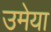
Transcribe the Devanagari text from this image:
उमेया